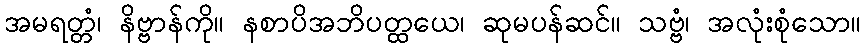
အမရတ္တံ၊ နိဗ္ဗာန်ကို။ နစာပိအဘိပတ္ထယေ၊ ဆုမပန်ဆင်။ သဗ္ဗံ၊ အလုံးစုံသော။